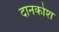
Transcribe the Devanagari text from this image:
दानकोश